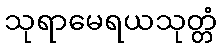
သုရာမေရယသုတ္တံ